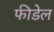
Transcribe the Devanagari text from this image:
फीडेल